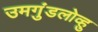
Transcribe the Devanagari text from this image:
उमगुंडलोव्हु